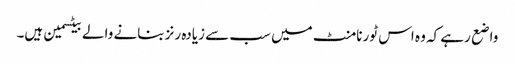
واضع رہے کہ وہ اس ٹورنامنٹ میں سب سے زیادہ رنز بنانے والے بیٹسمین ہیں۔